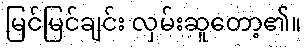
မြင်မြင်ချင်း လှမ်းဆူတော့၏။